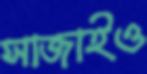
সাজাইও